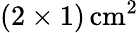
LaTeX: (2\times 1)\, \mathrm{cm^{2}}